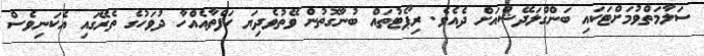
ސަލާމަތްވުމަށްޓަކައި ބަންގްލަދޭޝްއަށް ދެއެވެ. ރިޕޯޓުތައް ބުނާގޮތުން ވޭތުވެދިޔަ ހަފްތާއެއްހާ ދުވަހުގެ ތެރޭގައި އެކަނިވެސް